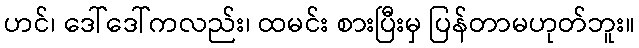
ဟင်၊ ဒေါ်ဒေါ်ကလည်း၊ ထမင်း စားပြီးမှ ပြန်တာမဟုတ်ဘူး။